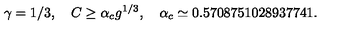
\gamma = 1 / 3 , \quad C \geq \alpha _ { c } g ^ { 1 / 3 } , \quad \alpha _ { c } \simeq 0 . 5 7 0 8 7 5 1 0 2 8 9 3 7 7 4 1 .